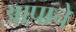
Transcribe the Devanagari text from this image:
आपाचे